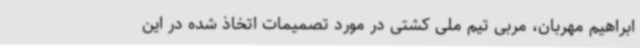
ابراهیم مهربان، مربی تیم ملی کشتی در مورد تصمیمات اتخاذ شده در این